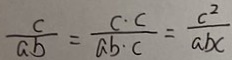
\frac { c } { a b } = \frac { c \cdot c } { a b \cdot c } = \frac { c ^ { 2 } } { a b c }